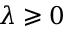
\lambda \geqslant 0